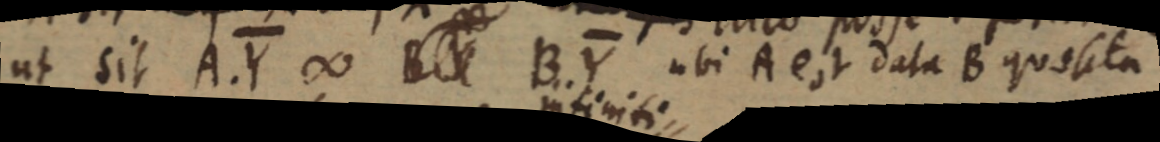
ut sit A . Y ∞ B B . Y ubi A est data B quosita